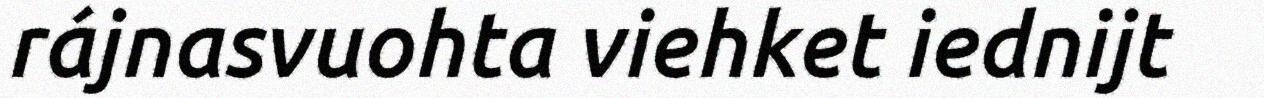
rájnasvuohta viehket iednijt